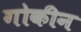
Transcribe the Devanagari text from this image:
गोकीन